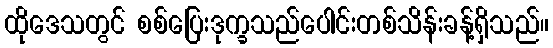
ထိုဒေသတွင် စစ်ပြေးဒုက္ခသည်ပေါင်းတစ်သိန်းခန့်ရှိသည်။